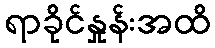
ရာခိုင်နှုန်းအထိ